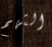
التهم